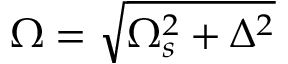
\Omega = \sqrt { \Omega _ { s } ^ { 2 } + \Delta ^ { 2 } }